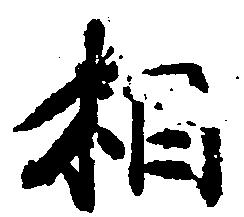
相